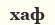
хаф